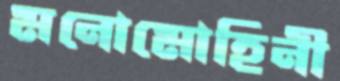
মনোমোহিনী